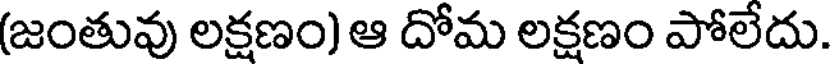
(జంతువు లక్షణం) ఆ దోమ లక్షణం పోలేదు.